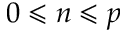
0 \leqslant n \leqslant p